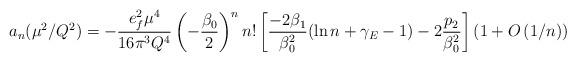
LaTeX: \begin{align*}a_{n}(\mu^{2}/Q^{2})= -\frac{ e_{f}^{2} \mu^{4}}{16 \pi^{3} Q^{4}} \left( - \frac{\beta_{0}}{2}\right)^{n} n! \left[\frac{- 2 \beta_{1}}{\beta_{0}^{2}} ( \ln n + \gamma_{E} -1) -2 \frac{p_{2}}{\beta_{0}^{2}}\right] \left( 1 + O \left(1/n\right)\right)\end{align*}